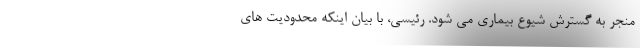
منجر به گسترش شیوع بیماری می شود. رئیسی، با بیان اینکه محدودیت های